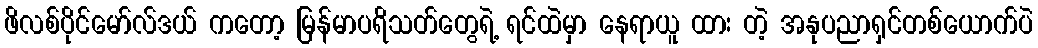
ဖိလစ်ပိုင်မော်လ်ဒယ် ကတော့ မြန်မာပရိသတ်တွေရဲ့ ရင်ထဲမှာ နေရာယူ ထား တဲ့ အနုပညာရှင်တစ်ယောက်ပဲ